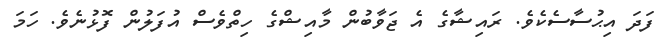
ފަދަ އިޙުސާސެކެވެ. ރައިޝާގެ އެ ޖަވާބުން މާއިޝްގެ ހިތްވެސް އުފަލުން ފޮޅުނެވެ. ހަމަ